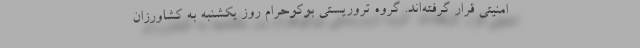
امنیتی قرار گرفته‌اند. گروه تروریستی بوکوحرام روز یکشنبه به کشاورزان